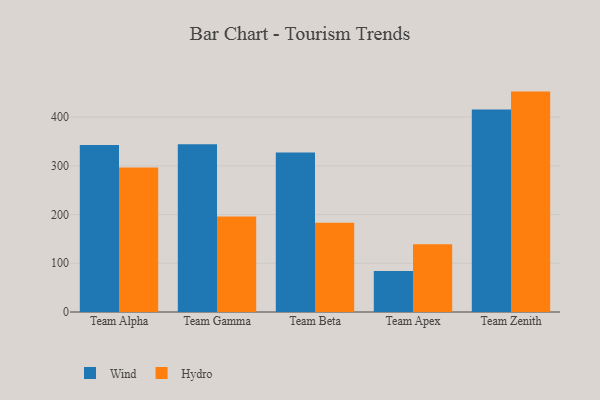
{"axis": {"x": "Team", "y": "Operating Costs (USD K)"}, "legend": ["Hydro", "Wind"], "data": [{"x": "Team Alpha", "y": 342.8, "type": "Wind"}, {"x": "Team Alpha", "y": 296.8, "type": "Hydro"}, {"x": "Team Gamma", "y": 344.3, "type": "Wind"}, {"x": "Team Gamma", "y": 195.9, "type": "Hydro"}, {"x": "Team Beta", "y": 327.4, "type": "Wind"}, {"x": "Team Beta", "y": 183.0, "type": "Hydro"}, {"x": "Team Apex", "y": 84.4, "type": "Wind"}, {"x": "Team Apex", "y": 139.1, "type": "Hydro"}, {"x": "Team Zenith", "y": 415.8, "type": "Wind"}, {"x": "Team Zenith", "y": 452.5, "type": "Hydro"}]}